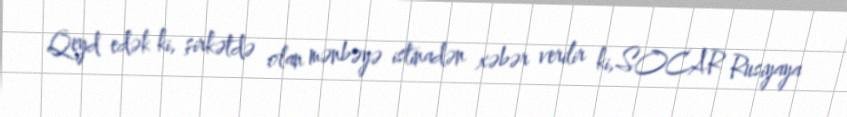
Qeyd edək ki, şirkətdə olan mənbəyə istinadən xəbər verilir ki,SOCAR Rusiyaya